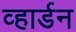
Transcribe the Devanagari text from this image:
व्हार्डन